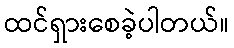
ထင်ရှားစေခဲ့ပါတယ်။